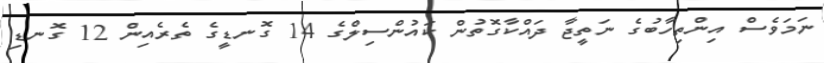
ނަމަވެސް އިންތިހާބުގެ ނަތީޖާ ދައްކާގޮތުން ކައުންސިލްގެ 14 ގޮނޑީގެ ތެރެއިން 12 ގޮނޑި